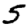
Digit: 5